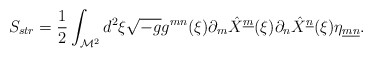
\begin{align*}S_{str}= {1 \over 2} \int_{{\cal M}^2} d^2 \xi \sqrt{-g} g^{mn}(\xi )\partial_m \hat{X}^{\underline{m}}(\xi ) \partial_n\hat{X}^{\underline{n}}(\xi ) \eta_{\underline{m} \underline{n}}.\end{align*}